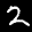
Label: 2